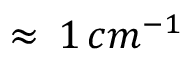
\approx \, 1 \, c m ^ { - 1 }